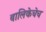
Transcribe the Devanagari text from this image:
बालिकेचेच